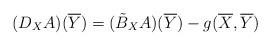
LaTeX: \begin{align*}(D_X{A})(\overline{Y})=(\tilde{B}_{X}A)(\overline{Y})-g(\overline{X},\overline{Y})\end{align*}